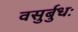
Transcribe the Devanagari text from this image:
वसुर्बुधः